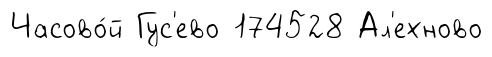
Часово́й Гус'ево 174528 Ал'ехново